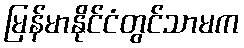
မြန်မာနိုင်ငံတွင်သာမက